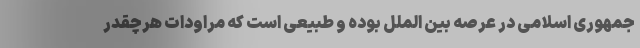
جمهوری اسلامی در عرصه بین الملل بوده و طبیعی است که مراودات هرچقدر